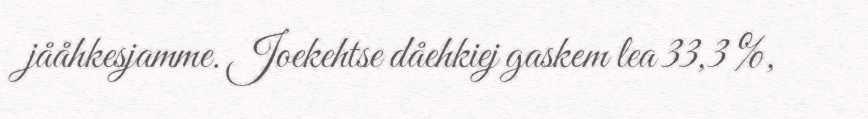
jååhkesjamme. Joekehtse dåehkiej gaskem lea 33,3 %,